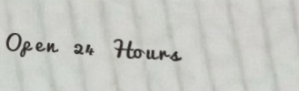
Open 24 Hours